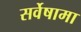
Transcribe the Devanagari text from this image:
सर्वेषामा